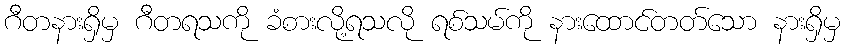
ဂီတနားရှိမှ ဂီတရသကို ခံစားလို့ရသလို ရစ်သမ်ကို နားထောင်တတ်သော နားရှိမှ